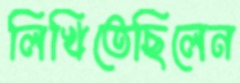
লিখিতেছিলেন